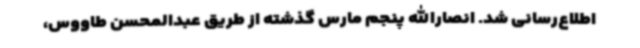
اطلاع‌رسانی شد. انصارالله پنجم مارس گذشته از طریق عبدالمحسن طاووس،